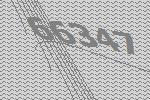
66347